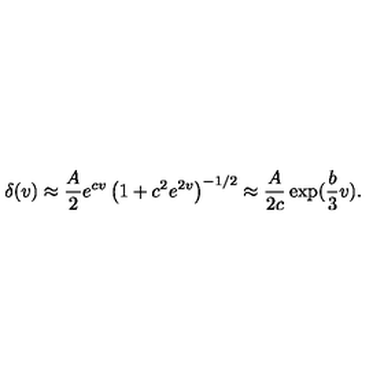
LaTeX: \delta ( v ) \approx \frac { A } { 2 } e ^ { c v } \left( 1 + c ^ { 2 } e ^ { 2 v } \right) ^ { - 1 / 2 } \approx \frac { A } { 2 c } \exp ( \frac { b } { 3 } v ) .